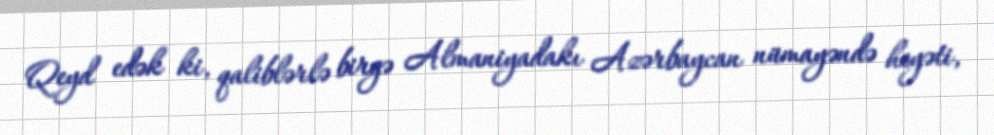
Qeyd edək ki, qaliblərlə birgə Almaniyadakı Azərbaycan nümayəndə heyəti,